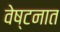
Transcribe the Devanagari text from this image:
वेष्टनात